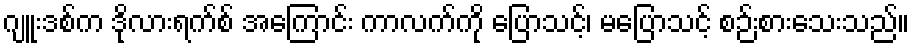
ဂျူးဒစ်က ဒိုလားရက်စ် အကြောင်း ကာလက်ကို ပြောသင့်၊ မပြောသင့် စဉ်းစားသေးသည်။